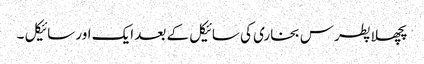
پچھلا پطرس بخاری کی سائیکل کے بعد ایک اور سائیکل ۔